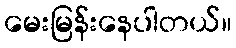
မေးမြန်းနေပါတယ်။